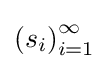
\left(s_{i}\right)_{i=1}^{\infty }